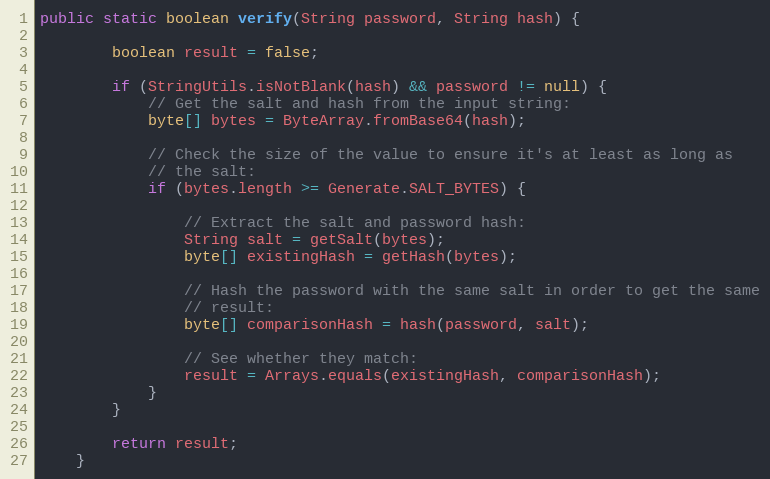
Language: Java
public static boolean verify(String password, String hash) {

        boolean result = false;

        if (StringUtils.isNotBlank(hash) && password != null) {
            // Get the salt and hash from the input string:
            byte[] bytes = ByteArray.fromBase64(hash);

            // Check the size of the value to ensure it's at least as long as
            // the salt:
            if (bytes.length >= Generate.SALT_BYTES) {

                // Extract the salt and password hash:
                String salt = getSalt(bytes);
                byte[] existingHash = getHash(bytes);

                // Hash the password with the same salt in order to get the same
                // result:
                byte[] comparisonHash = hash(password, salt);

                // See whether they match:
                result = Arrays.equals(existingHash, comparisonHash);
            }
        }

        return result;
    }